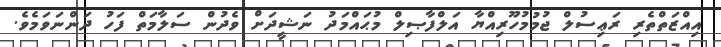
އިއްޒަތްތެރި ރަޢިސުލް ޖުމުމުހޫރިއްޔާ އަލްފާޞިލް މުޙައްމަދު ނަޝީދަށް ވެދުން ސަލާމަތް ފަހު ދަންނަވަމެވެ.